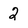
Character: 2